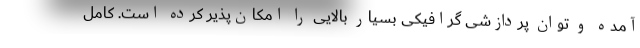
آمده و توان پردازشی گرافیکی بسیار بالایی را امکان‌پذیر کرده است. کامل